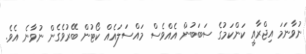
ނުވާނަމަ އިޖްރާއީ ކަންކަމުގެ ސަބަބުން އެއްވެސް މައްސަލައެއް ކޯޓުން ބޭރުވެގެން ނުވާނެ އެވެ.